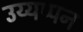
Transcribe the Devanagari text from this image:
उय्यप्पन